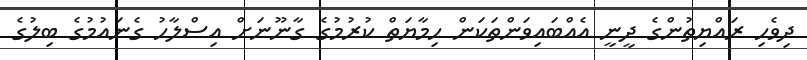
ދިވެހި ރައްޔިތުންގެ ދީނީ އެއްބައިވަންތަކަން ހިމާޔަތް ކުރުމުގެ ގާނޫނަށް އިސްލާހު ގެނައުމުގެ ބިލުގެ